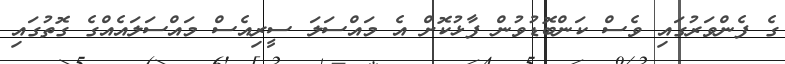
ގެ ފެންވަރުގައި ވެސް ކަންބޮޑުވުން ފާޅުކޮށް އެ މައްސަލަ ސީރިއެސް މައްސަލައެއްގެ ގޮތުގައި